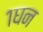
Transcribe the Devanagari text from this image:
१घन